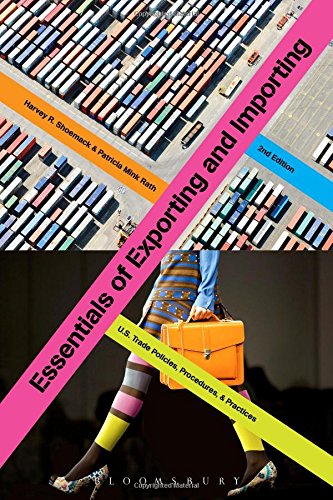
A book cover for Essentials of Exporting and Importing: U.S. Trade Policies, Procedures, and Practices; Harvey Shoemack; Business & Money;